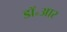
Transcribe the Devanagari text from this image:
डॉ॰आर